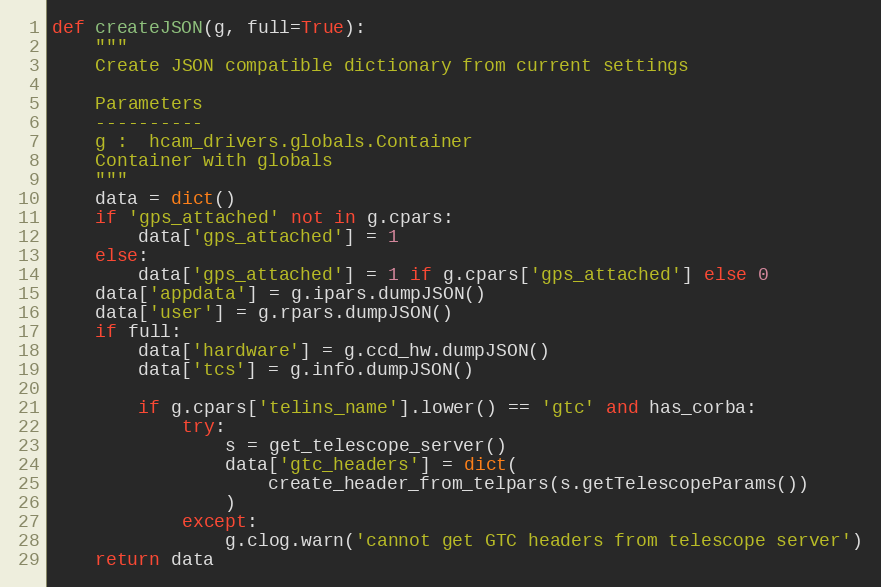
Language: Python
def createJSON(g, full=True):
    """
    Create JSON compatible dictionary from current settings

    Parameters
    ----------
    g :  hcam_drivers.globals.Container
    Container with globals
    """
    data = dict()
    if 'gps_attached' not in g.cpars:
        data['gps_attached'] = 1
    else:
        data['gps_attached'] = 1 if g.cpars['gps_attached'] else 0
    data['appdata'] = g.ipars.dumpJSON()
    data['user'] = g.rpars.dumpJSON()
    if full:
        data['hardware'] = g.ccd_hw.dumpJSON()
        data['tcs'] = g.info.dumpJSON()

        if g.cpars['telins_name'].lower() == 'gtc' and has_corba:
            try:
                s = get_telescope_server()
                data['gtc_headers'] = dict(
                    create_header_from_telpars(s.getTelescopeParams())
                )
            except:
                g.clog.warn('cannot get GTC headers from telescope server')
    return data